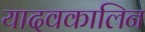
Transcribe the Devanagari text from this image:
यादवकालिन